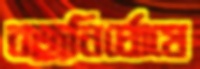
বজ্রনির্ঘোষে